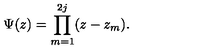
\Psi ( z ) = \prod _ { m = 1 } ^ { 2 j } ( z - z _ { m } ) .